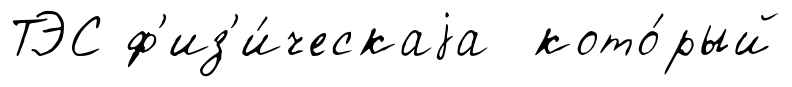
ТЭС ф'из'и́ческаjа кото́рый